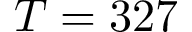
T = 3 2 7